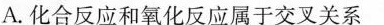
A.化合反应和氧化反应属于交叉关系